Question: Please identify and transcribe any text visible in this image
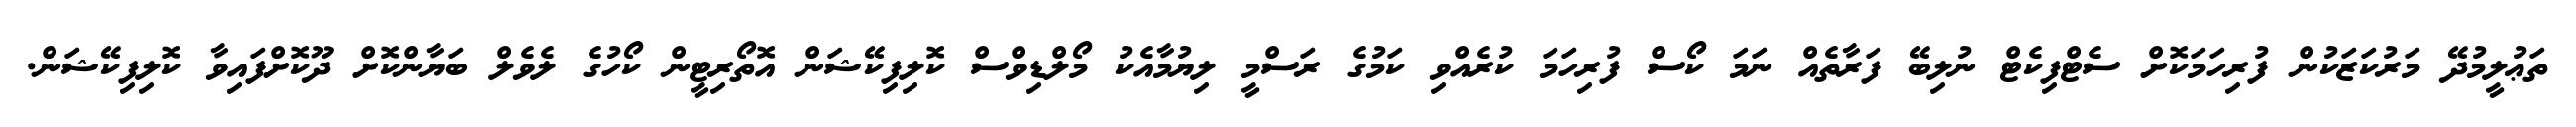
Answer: ތަޢުލީމުދޭ މަރުކަޒަކުން ފުރިހަމަކޮށް ސެޓްފިކެޓް ނުލިބޭ ފަރާތެއް ނަމަ ކޯސް ފުރިހަމަ ކުރެއްވި ކަމުގެ ރަސްމީ ލިޔުމާއެކު މޯލްޑިވްސް ކޮލިފިކޭޝަން އޮތޯރިޓީން ކޯހުގެ ލެވެލް ބަޔާންކޮށް ދޫކޮށްފައިވާ ކޮލިފިކޭޝަން.